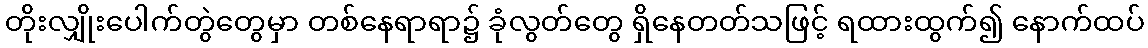
တိုးလျှိုးပေါက်တွဲတွေမှာ တစ်နေရာရာ၌ ခုံလွတ်တွေ ရှိနေတတ်သဖြင့် ရထားထွက်၍ နောက်ထပ်